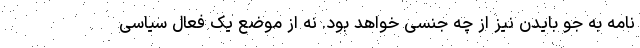
نامه به جو بایدن نیز از چه جنسی خواهد بود. نه از موضع یک فعال سیاسی